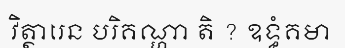
វិត្ថារេន បរិគណ្ហា តិ ? ឧទ្ធំគមា